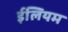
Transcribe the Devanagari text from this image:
ईलियम